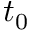
t _ { 0 }